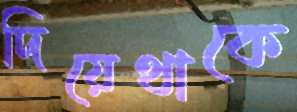
দিয়েথাকে